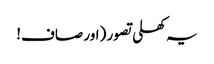
یہ کھلی تصور (اور صاف!